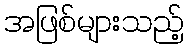
အဖြစ်များသည့်